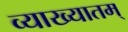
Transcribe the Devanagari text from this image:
व्याख्यातम्